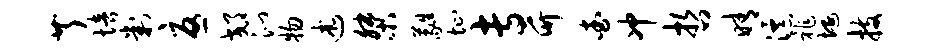
芹培判忧郊沁物述桀蕤址专竹查冲哲晴瀑祚埏技